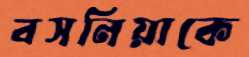
বসনিয়াকে